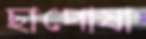
ছাপোষা